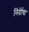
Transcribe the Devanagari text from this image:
निर्देाषा